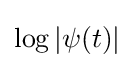
\log \left|\psi (t)\right|